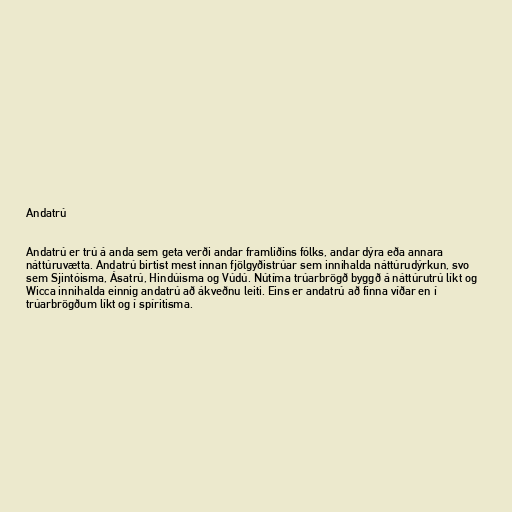
Andatrú

Andatrú er trú á anda sem geta verði andar framliðins fólks, andar dýra eða annara
náttúruvætta. Andatrú birtist mest innan fjölgyðistrúar sem innihalda náttúrudýrkun, svo
sem Sjintóisma, Ásatrú, Hindúisma og Vúdú. Nútíma trúarbrögð byggð á náttúrutrú líkt og
Wicca innihalda einnig andatrú að ákveðnu leiti. Eins er andatrú að finna víðar en í
trúarbrögðum líkt og í spíritisma.